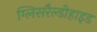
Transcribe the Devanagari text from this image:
ग्लिसरैल्डीहाइड